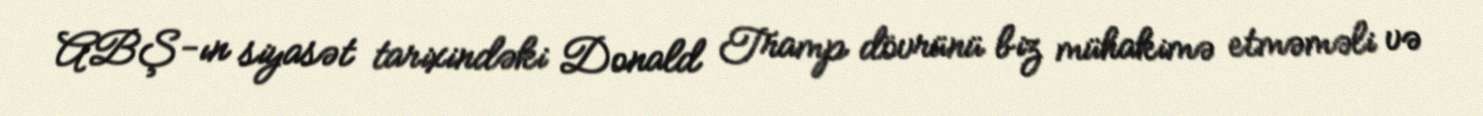
ABŞ-ın siyasət tarixindəki Donald Tramp dövrünü biz mühakimə etməməli və